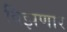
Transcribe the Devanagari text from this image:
विझणार